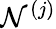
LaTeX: \mathcal{N}^{(j)}